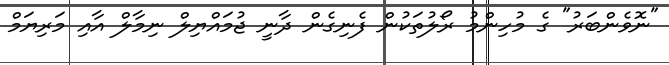
"ނޮވެންބަރު" ގެ މުހިންމު ރޯލުތަކުން ފެނިގެން ދާނީ ޖުމައްޔިލް ނިމާލް އާއި މަރިޔަމް